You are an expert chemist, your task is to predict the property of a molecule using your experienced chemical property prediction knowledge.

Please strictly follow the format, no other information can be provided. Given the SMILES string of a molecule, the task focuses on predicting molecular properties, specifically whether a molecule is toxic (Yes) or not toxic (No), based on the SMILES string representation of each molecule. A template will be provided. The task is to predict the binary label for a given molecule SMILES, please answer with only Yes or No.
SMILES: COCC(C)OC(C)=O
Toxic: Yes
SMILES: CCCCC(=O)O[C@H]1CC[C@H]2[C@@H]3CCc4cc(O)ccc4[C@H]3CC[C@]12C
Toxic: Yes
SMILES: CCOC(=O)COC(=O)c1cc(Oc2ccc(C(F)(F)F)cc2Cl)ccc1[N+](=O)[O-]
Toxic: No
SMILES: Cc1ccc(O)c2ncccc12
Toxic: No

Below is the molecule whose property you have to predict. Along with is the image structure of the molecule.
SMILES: Cc1cccc[n+]1[O-]
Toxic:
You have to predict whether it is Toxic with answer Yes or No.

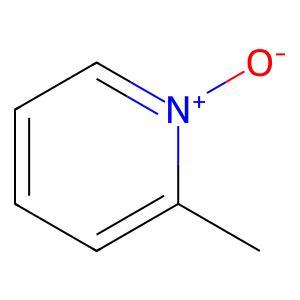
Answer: No